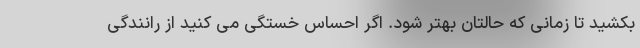
بکشید تا زمانی که حالتان بهتر شود. اگر احساس خستگی می کنید از رانندگی